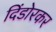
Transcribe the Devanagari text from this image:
दिंडोरकर